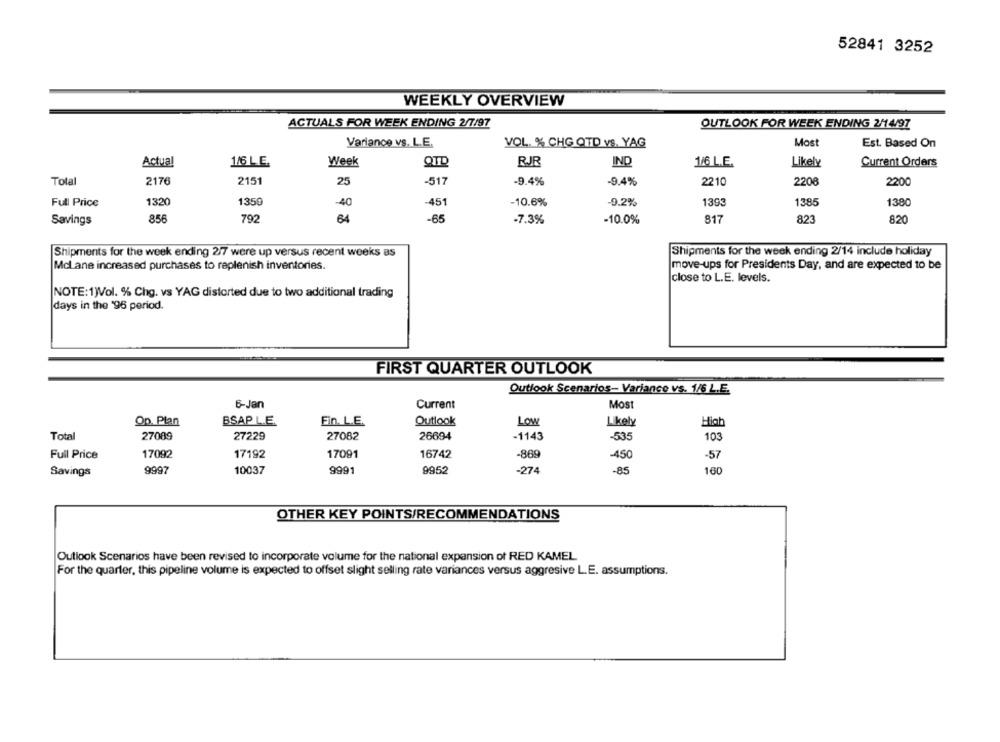
52841 3252
WEEKLY OVERVIEW
ACTUALS FOR WEEK ENDING 2/7/97
OUTLOOK FOR WEEK ENDING 2/14/97
Variance vs. L.E.
Most
VOL. % CHG QTD vs. YAG
Est. Based On
Actual
1/6 L.E.
Week
QTD
RJR
IND
1/6 L.E.
Likely
Current Orders
Total
2176
2151
25
-517
-9.4%
-9.4%
2210
2208
2200
Full Price
1320
1350
-40
-451
-10.6%
-9.2%
1393
1385
1380
Savings
856
792
64
-65
-7.3%
-10.0%
817
823
820
Shipments for the week ending 2/7 were up versus recent weeks as
Shipments for the week ending 2/14 include holiday
McLane increased purchases to replenish inventories.
move-ups for Presidents Day, and are expected to be
close to L.E. levels.
NOTE:1)Vol. % Chg. vs YAG distorted due to two additional trading
days in the '96 period.
FIRST QUARTER OUTLOOK
Outlook Scenarios- Variance vs. 1/6 L.E.
6-Jan
Current
Most
Op. Plan
BSAP L.E.
Ein. L.E.
Outlook
Low
Likely
High
Total
27089
27229
27082
26694
-1143
-535
103
Full Price
17092
17192
17091
16742
-869
450
-57
Savings
9997
10037
9991
9952
-274
-85
160
OTHER KEY POINTS/RECOMMENDATIONS
Outlook Scenarios have been revised to incorporate volume for the national expansion of RED KAMEL
For the quarter, this pipeline volume is expected to offset slight selling rate variances versus aggresive L.E. assumptions.